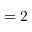
= 2